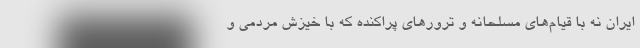
ایران نه با قیام‌های مسلحانه و ترورهای پراکنده که با خیزش مردمی و